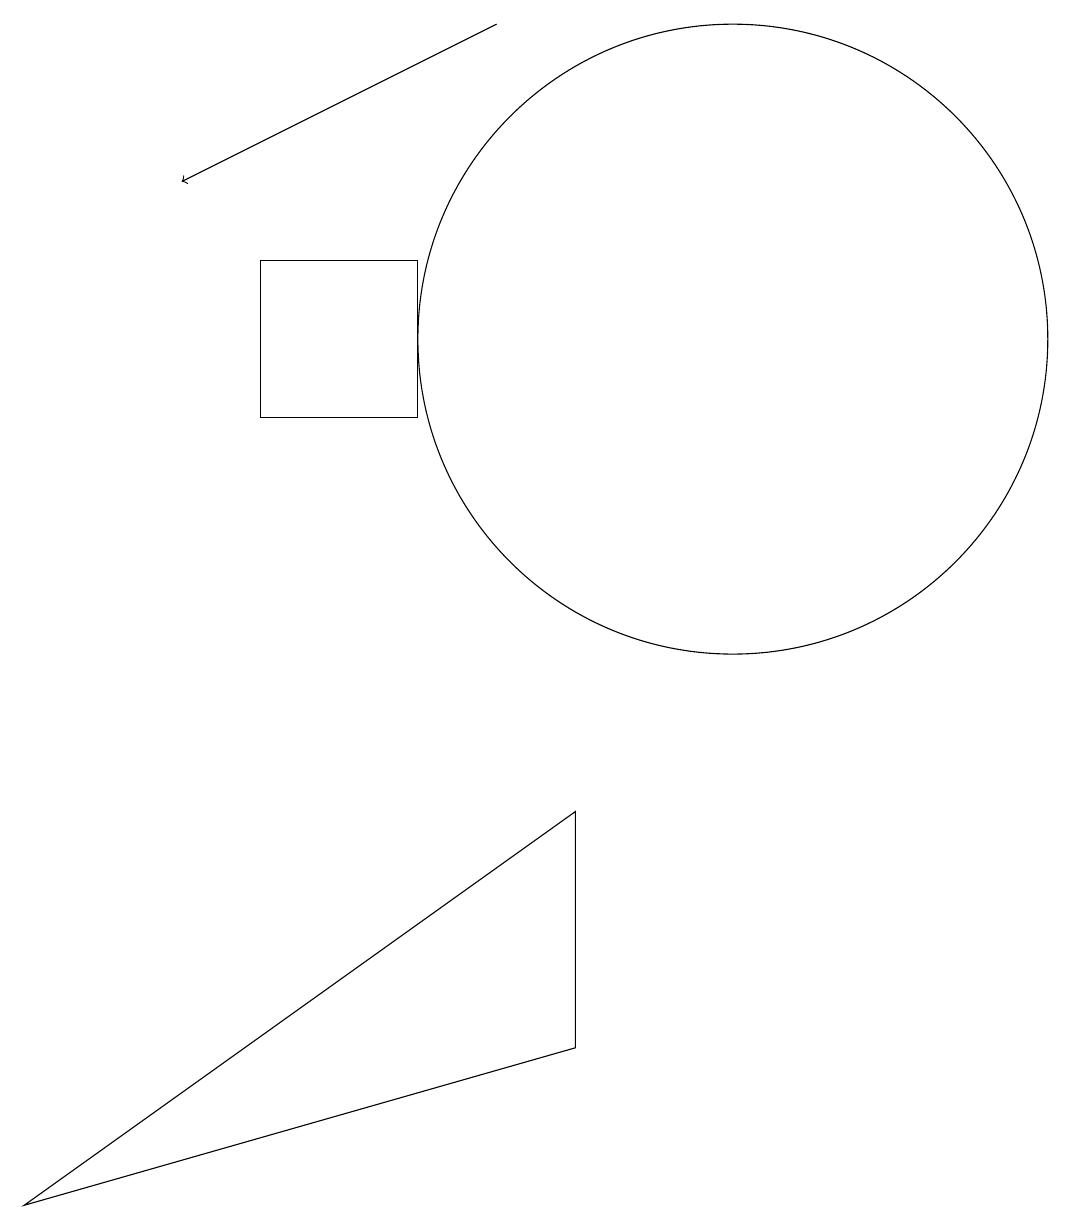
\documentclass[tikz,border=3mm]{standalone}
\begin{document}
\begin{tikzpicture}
\draw (11,11) circle (4);
\draw[->] (8,15) -- (4,13);
\draw (7,10) rectangle (5,12);
\draw (9,5) -- (2,0) -- (9,2) -- cycle;
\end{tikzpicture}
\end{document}